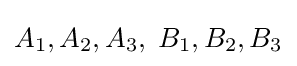
A_{1},A_{2},A_{3},\;B_{1},B_{2},B_{3}